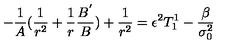
- \frac { 1 } { A } ( \frac { 1 } { r ^ { 2 } } + \frac { 1 } { r } \frac { B ^ { ' } } { B } ) + \frac { 1 } { r ^ { 2 } } = \epsilon ^ { 2 } T _ { 1 } ^ { 1 } - \frac { \beta } { \sigma _ { 0 } ^ { 2 } }